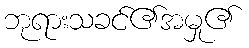
ဘုရားသခင်၏အမှု၏